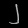
Digit: ၂